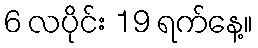
6 လပိုင်း 19 ရက်နေ့။